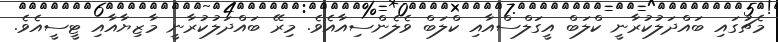
މެޗުގައި ބައްދަލުކުރާނީ ކްލަބް އީގަލްސްއާއި ކްލަބް ވެލެންސިއާއެވެ. މިރޭ ބައްދަލުކުރާނީ މާޒިޔާއާއި ޓީސީއެވެ.